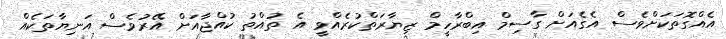
އެއްގޮތަކަށްވެސް އެގެއަށް ގާސިމް އިބްރާހީމް ޒިޔާރަތްކުރެއްވީ އެ ތުއްތު ކުއްޖާއަށް އޭރުވެސް އަނިޔާތަކެއް